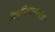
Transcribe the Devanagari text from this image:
निवृत्तिनाथांनीही